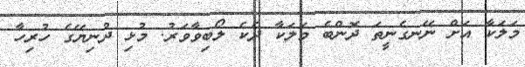
މަލަކާ އަށް ނޭނގެނީތަ ދޮންބެ މަލަކާ ދެކެ ލޯބިވާވަރު. މުޅި ދުނިޔޭގެ ހުރިހާ